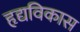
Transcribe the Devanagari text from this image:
हृद्यविकास